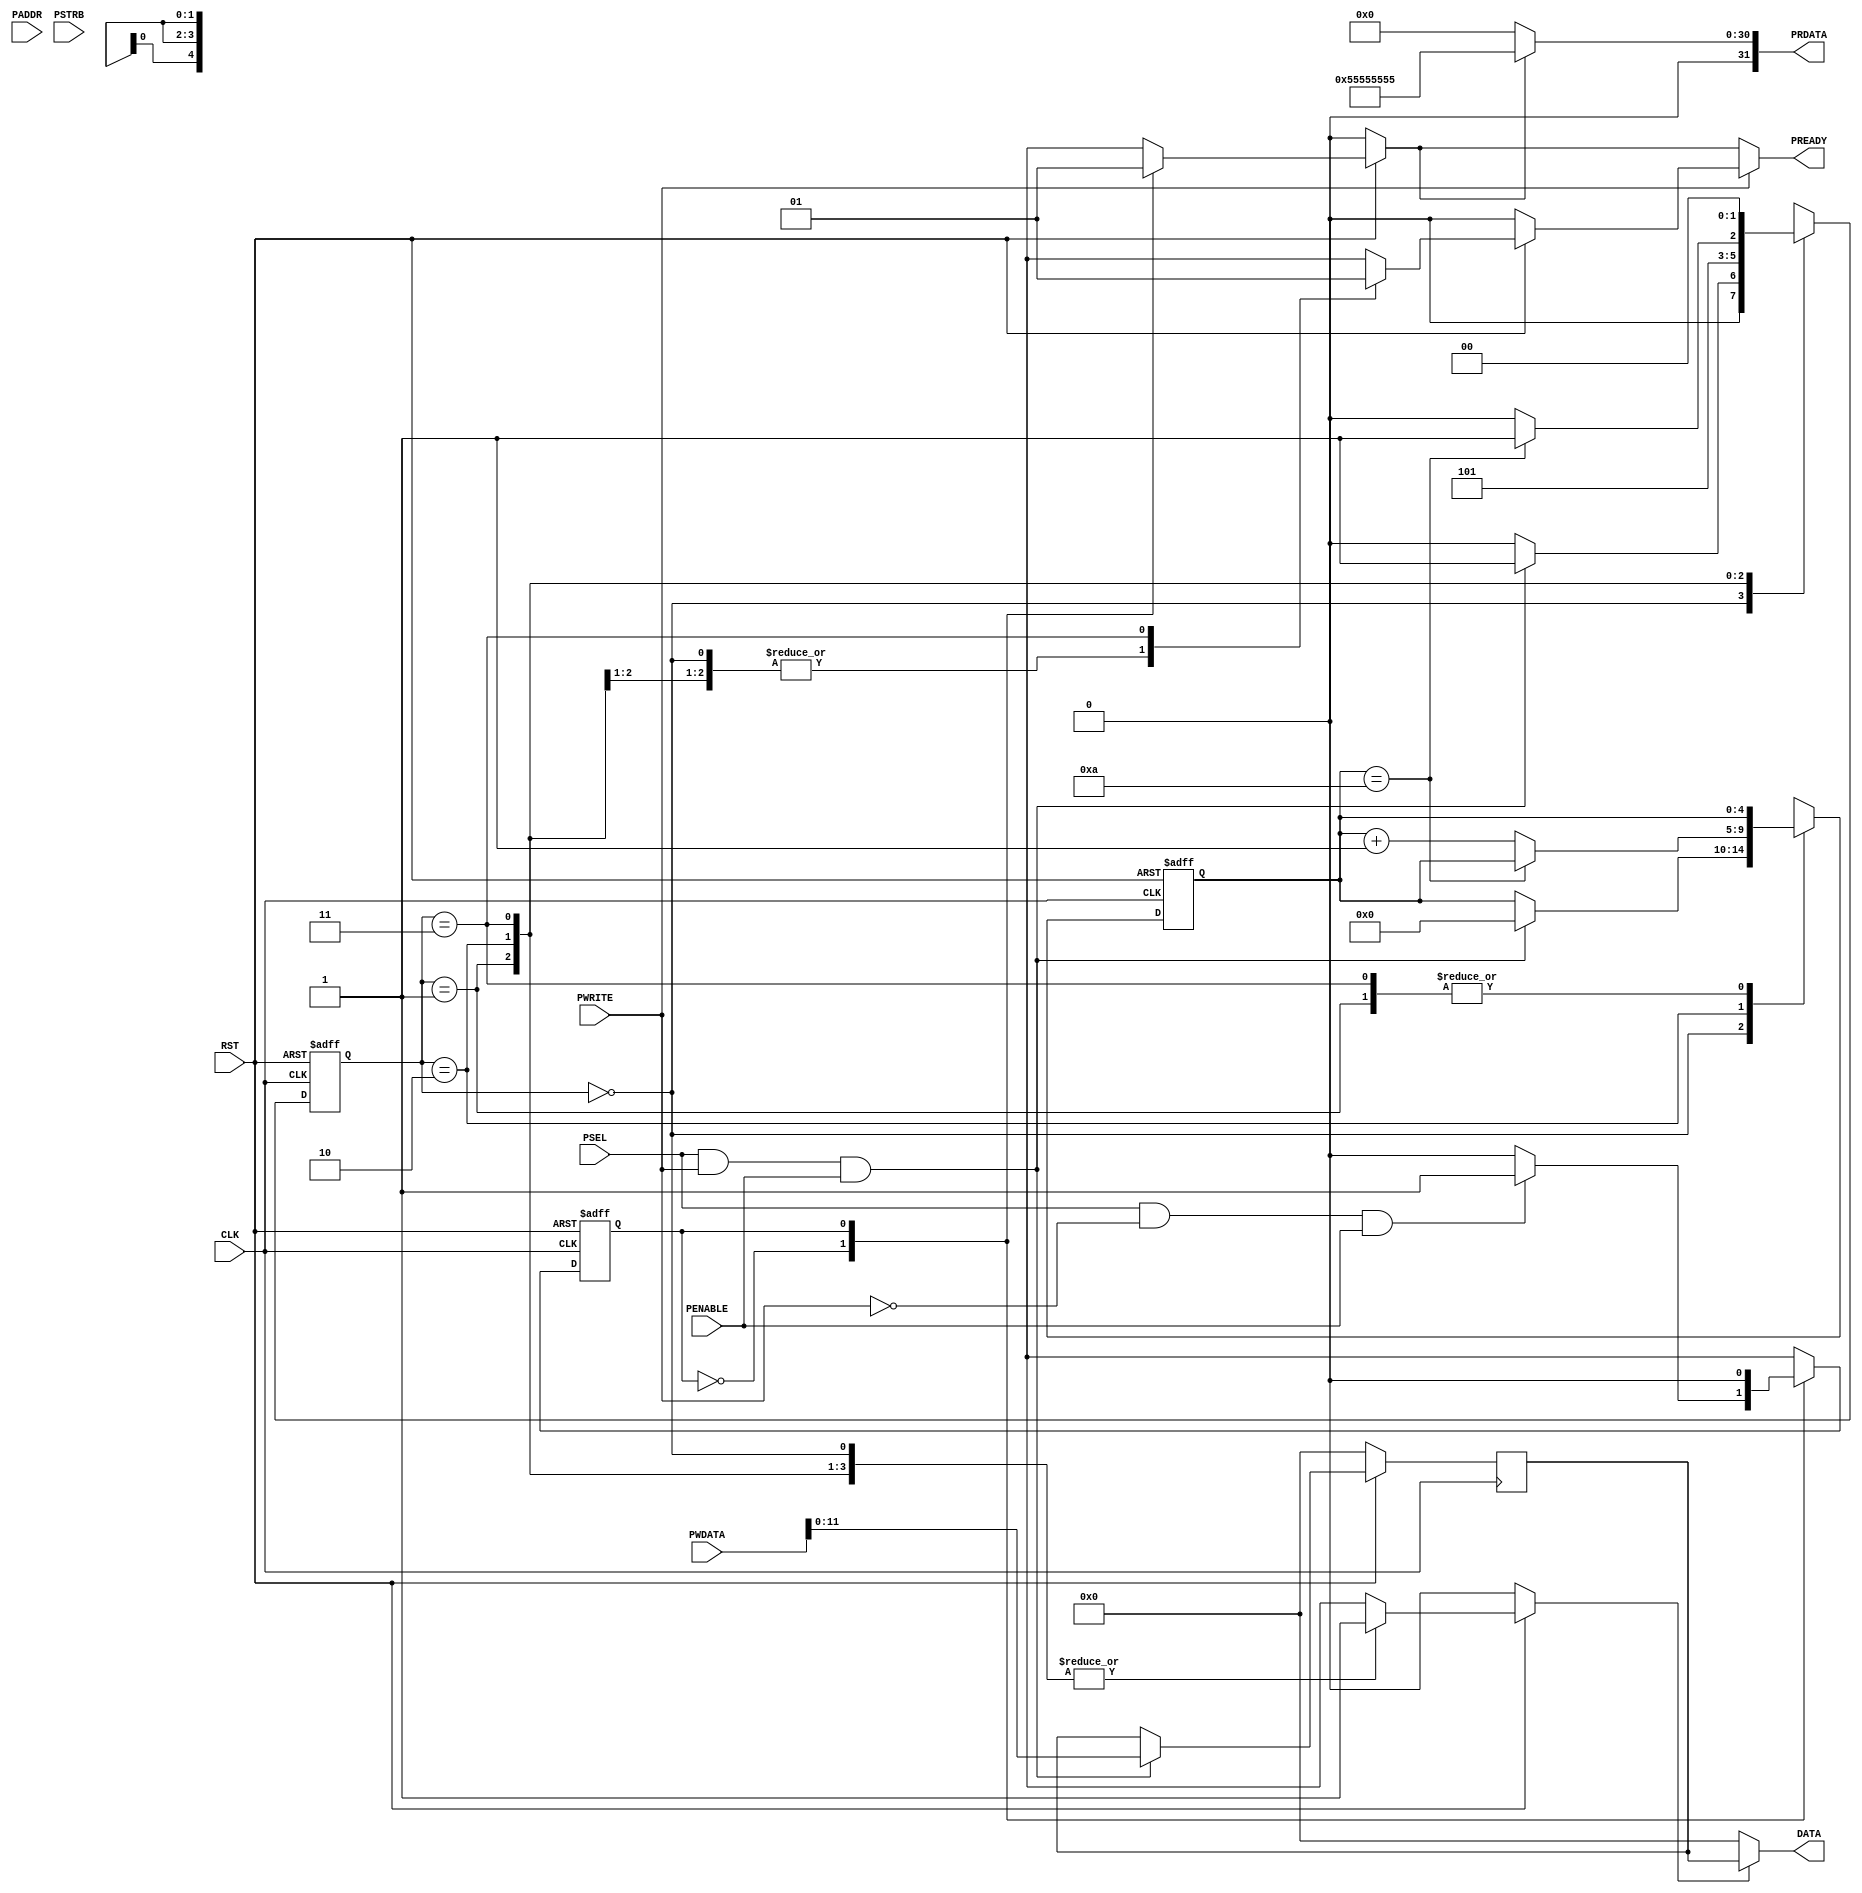
`timescale 1ns / 1ps
module DAC_interface_APB(CLK, RST, PWRITE, PSEL, PENABLE, PREADY, PADDR, PWDATA, PSTRB, DATA, PRDATA);

//----general--input----
	input CLK,RST,PWRITE, PSEL, PENABLE;
//----general--output----
	output wire PREADY;
//----write--input----
	input [31:0] PADDR,PWDATA;
	input [3:0] PSTRB;
//----write--output----
	output wire [11:0] DATA;
//----write--signals----
	reg [4:0] delay;
	reg [1:0] state_write;
	reg [11:0] latch_PWDATA;
	reg ena_DATA;
	reg PREADY_W;
//----read--output----
	output wire [31:0] PRDATA;
//----read--signals----
	reg state_read, ena_PRDATA;
	reg PREADY_R;

//----FSM--WRITE----******************************************************************

	parameter START_W = 2'b00, SAVE_PWDATA = 2'b01, WORKING = 2'b10, READY_W = 2'b11, START_R = 1'b0, READY_R = 1'b1;		

//----RESET--PARAMETERS----

	always @( posedge CLK or negedge RST)
	begin		
	if (RST == 1'b0) begin
		state_write = START_W;
		delay = 5'b00000;
	end
//----LOGIC----
	else
		begin
			case (state_write)

			START_W :if (PSEL & PWRITE & PENABLE == 1'b1) 
				begin
					state_write = SAVE_PWDATA;
					delay = 5'b00000;
				end
			else
				begin
					state_write = START_W;
				end

			SAVE_PWDATA :
				begin 
					state_write = WORKING;
				end

			WORKING : if (delay == 5'b01010) 
				begin
					state_write = READY_W;
				end
			else
				begin
					state_write = WORKING;
					delay = delay + 5'b00001;
				end
			READY_W : 
				begin
					state_write = START_W;
				end

			endcase
		end
	end
//----OUTPUTS--FSM--WRITE----
	always @(state_write or RST)
	begin		
		if (RST == 1'b0)
		begin
				PREADY_W = 0;
				ena_DATA = 0;
		end
	//----LOGIC----
		else
		begin	
			case (state_write)
				START_W :begin //----0
					PREADY_W = 0;
					ena_DATA = 1;
					end
				SAVE_PWDATA :begin //----1
					PREADY_W = 0;
					ena_DATA = 1;
					end
				WORKING :begin //----2
					PREADY_W = 0;
					ena_DATA = 1;
					end
				READY_W :begin //----3
					PREADY_W = 1;
					ena_DATA = 1;
					end

				endcase
			end
		end

//----FLIP--FLOP--WRITE----***************************************************

	always @( posedge CLK )
	begin
		if (RST == 1'b0)
			begin
				latch_PWDATA <= 12'b0;
			end
		else if (PSEL & PWRITE & PENABLE == 1'b1) 
			begin
				latch_PWDATA <= PWDATA;
			end
		else 
			begin
				latch_PWDATA <= latch_PWDATA;
			end	
	end


//----OUTPUT--DATA----******************************************

assign DATA = ena_DATA ? latch_PWDATA : 12'b0;

//----OUTPUT--PREADY----****************************************

assign PREADY = PWRITE ? PREADY_W : PREADY_R;

//----OUTPUT--PRDATA----****************************************

assign PRDATA = ena_PRDATA ?  32'h55555555 : 32'b0;
 
//----FSM--READ----**********************************************


//----RESET--PARAMETERS----
	always @( posedge CLK or negedge RST)
	begin		
	if (RST == 1'b0) begin
		state_read = START_R;
	end
//----LOGIC----
	else
		begin
			case (state_read)
			START_R :if (PSEL & ~PWRITE & PENABLE == 1'b1) 
				begin
					state_read = READY_R;
				end
			else
				begin
					state_read = START_R;
				end
			
			READY_R :
				begin 
					state_read = START_R;
				end
			
			endcase
		end
	end
//----OUTPUTS--FSM--READ----
	always @(state_read or RST)
	begin		
		if (RST == 1'b0)
		begin
				PREADY_R = 0;
				ena_PRDATA = 0;
		end
//----LOGIC----
		else
		begin	
				case (state_read)
				START_R :begin
					PREADY_R = 0;
					ena_PRDATA = 0;
					end
				READY_R  :begin
					PREADY_R = 1;
					ena_PRDATA = 1;
					end

				endcase
		end
	end
endmodule